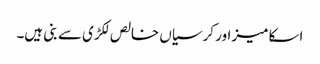
اسکا میز اور کرسیاں خالص لکڑی سے بنی ہیں۔